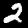
Digit: 2